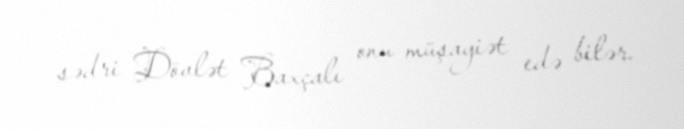
sədri Dövlət Baxçalı onu müşayiət edə bilər.